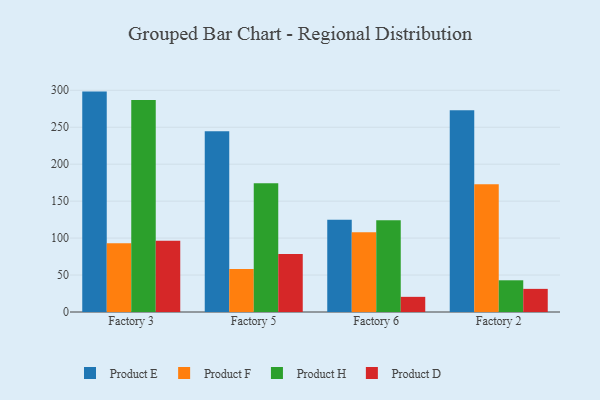
{"axis": {"x": "Factory", "y": "Production Output"}, "legend": ["Product D", "Product E", "Product F", "Product H"], "data": [{"x": "Factory 3", "y": 298.2, "type": "Product E"}, {"x": "Factory 3", "y": 92.9, "type": "Product F"}, {"x": "Factory 3", "y": 287.0, "type": "Product H"}, {"x": "Factory 3", "y": 96.4, "type": "Product D"}, {"x": "Factory 5", "y": 244.5, "type": "Product E"}, {"x": "Factory 5", "y": 58.2, "type": "Product F"}, {"x": "Factory 5", "y": 174.1, "type": "Product H"}, {"x": "Factory 5", "y": 78.6, "type": "Product D"}, {"x": "Factory 6", "y": 124.9, "type": "Product E"}, {"x": "Factory 6", "y": 107.9, "type": "Product F"}, {"x": "Factory 6", "y": 124.1, "type": "Product H"}, {"x": "Factory 6", "y": 20.5, "type": "Product D"}, {"x": "Factory 2", "y": 272.8, "type": "Product E"}, {"x": "Factory 2", "y": 173.0, "type": "Product F"}, {"x": "Factory 2", "y": 42.9, "type": "Product H"}, {"x": "Factory 2", "y": 31.3, "type": "Product D"}]}